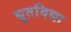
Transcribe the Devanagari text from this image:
द्यूतविद्या